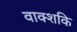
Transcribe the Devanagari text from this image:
वाक्शकि